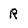
Character: R